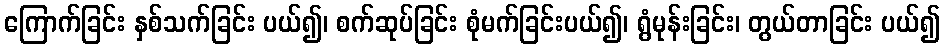
ကြောက်ခြင်း နှစ်သက်ခြင်း ပယ်၍၊ စက်ဆုပ်ခြင်း စုံမက်ခြင်းပယ်၍၊ ရွံမုန်းခြင်း၊ တွယ်တာခြင်း ပယ်၍